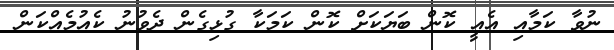
ނުވާ ކަމާއި އެއީ ކޮން ބަޔަކަށް ކޮން ކަމަކާ ގުޅިގެން ދެވުނު ކެއުމެއްކަން